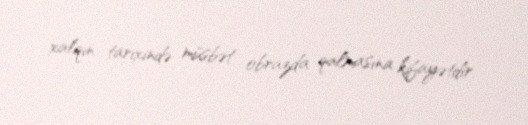
xalqın tarixində müsbət obrazda qalmasına kifayətdir.